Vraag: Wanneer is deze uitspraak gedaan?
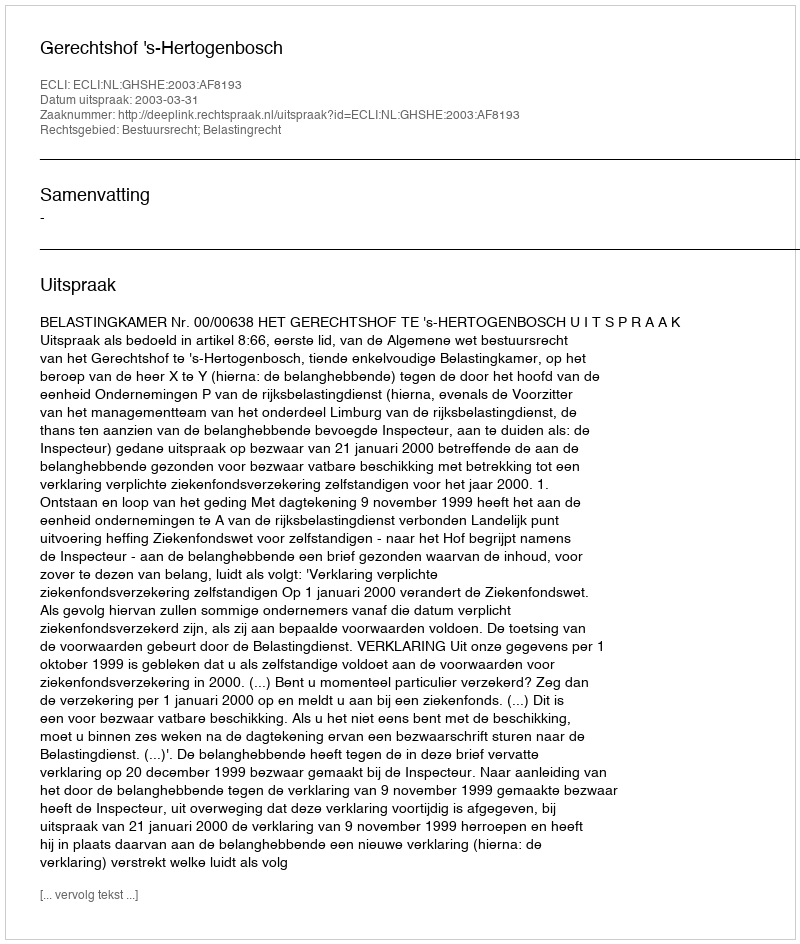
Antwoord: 2003-03-31